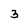
Character: 3